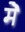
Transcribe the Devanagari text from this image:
मेॆ